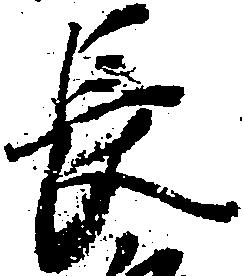
長